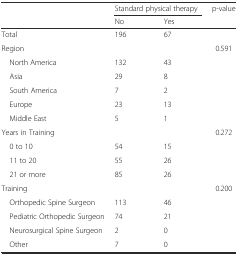
<table><thead><tr><td></td><td colspan="2"><b>Standard physical therapy</b></td><td><b>p-value</b></td></tr><tr><td></td><td><b>No</b></td><td><b>Yes</b></td><td></td></tr></thead><tbody><tr><td>Total</td><td>196</td><td>67</td><td></td></tr><tr><td>Region</td><td></td><td></td><td>0.591</td></tr><tr><td> North America</td><td>132</td><td>43</td><td></td></tr><tr><td> Asia</td><td>29</td><td>8</td><td></td></tr><tr><td> South America</td><td>7</td><td>2</td><td></td></tr><tr><td> Europe</td><td>23</td><td>13</td><td></td></tr><tr><td> Middle East</td><td>5</td><td>1</td><td></td></tr><tr><td>Years in Training</td><td></td><td></td><td>0.272</td></tr><tr><td> 0 to 10</td><td>54</td><td>15</td><td></td></tr><tr><td> 11 to 20</td><td>55</td><td>26</td><td></td></tr><tr><td> 21 or more</td><td>85</td><td>26</td><td></td></tr><tr><td>Training</td><td></td><td></td><td>0.200</td></tr><tr><td> Orthopedic Spine Surgeon</td><td>113</td><td>46</td><td></td></tr><tr><td> Pediatric Orthopedic Surgeon</td><td>74</td><td>21</td><td></td></tr><tr><td> Neurosurgical Spine Surgeon</td><td>2</td><td>0</td><td></td></tr><tr><td> Other</td><td>7</td><td>0</td><td></td></tr></tbody></table>